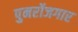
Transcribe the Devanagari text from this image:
पुनर्रोजगार